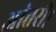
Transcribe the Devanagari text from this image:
आंतरी।